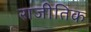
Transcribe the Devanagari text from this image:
राजीतिक